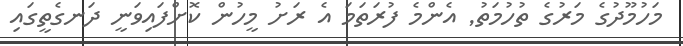
މަހުމޫދުގެ މަރުގެ ތުހުމަތު